Scottish Leaving Certificate Examination, 1956
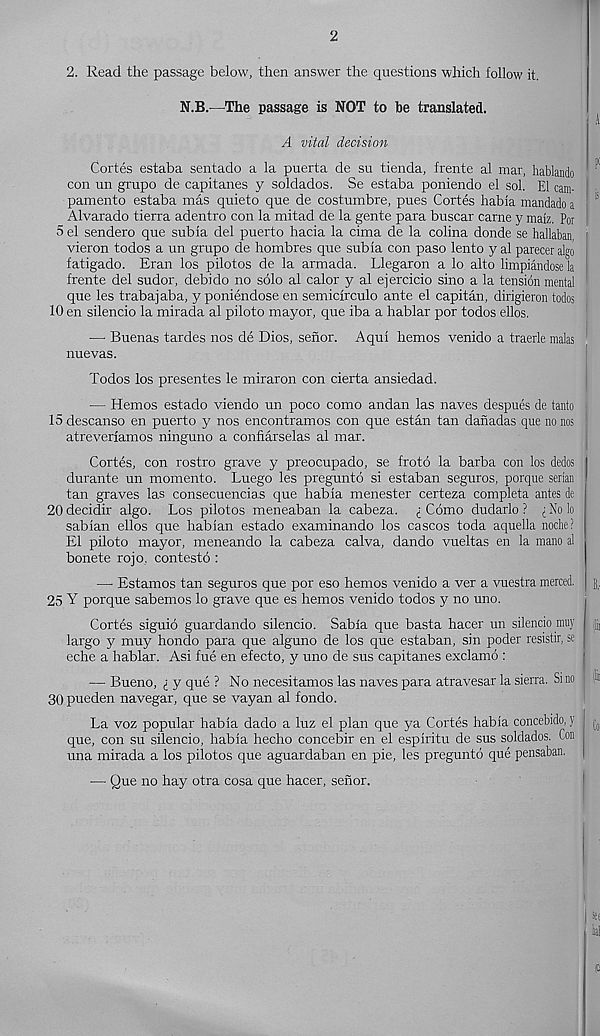
2
2. Read the passage below, then answer the questions which follow it.
N.B.—The passage is NOT to be translated.
A vital decision
Cortes estaba sentado a la puerta de su tienda, frente al mar, hablando
con un grupo de capitanes y soldados. Se estaba poniendo el sol. El cam-
pamento estaba mas quieto que de costumbre, pues Cortes habia mandado a
Alvarado tierra adentro con la mitad de la gente para buscar carne y maiz. Por
5 el sendero que subia del puerto hacia la cima de la colina donde se hallaban,
vieron todos a un grupo de hombres que subia con paso lento y al parecer algo
fatigado. Eran los pilotos de la armada. Llegaron a lo alto limpiandose la
frente del sudor, debido no solo al calor y al ejercicio sino a la tension mental
que les trabajaba, y poniendose en semicirculo ante el capitan, dirigieron todos
10 en silencio la mirada al piloto mayor, que iba a hablar por todos ellos.
—• Buenas tardes nos de Dios, senor. Aqui hemos venido a traerle malas
nuevas.
Todos los presentes le miraron con cierta ansiedad.
— Hemos estado viendo un poco como andan las naves despues de tanto
15 descanso en puerto y nos encontramos con que estan tan danadas que no nos
atreveriamos ninguno a confiarselas al mar.
Cortes, con rostro grave y preocupado, se frotb la barba con los dedos
durante un momento. Luego les pregunto si estaban seguros, porque serian
tan graves las consecuencias que habia menester certeza completa antes de
20 decidir algo. Los pilotos meneaban la cabeza. (_ Como dudarlo ? No lo
sabian ellos que habian estado examinando los cascos toda aquella noche?
El piloto mayor, meneando la cabeza calva, dando vueltas en la mano al
bonete rojo, contesto :
— Estamos tan seguros que por eso hemos venido a ver a vuestra merced,
25 Y porque sabemos lo grave que es hemos venido todos y no uno.
Cortes siguio guardando silencio. Sabia que basta hacer un silencio muy
largo y muy hondo para que alguno de los que estaban, sin poder resistir, se
eche a hablar. Asi fue en efecto, y uno de sus capitanes exclamo :
— Bueno, i y que ? No necesitamos las naves para atravesar la sierra. Si no
30 pueden navegar, que se vayan al fondo.
La voz popular habia dado a luz el plan que ya Cortes habia concebido, y
que, con su silencio, habia hecho concebir en el espiritu de sus solclados. Con
una mirada a los pilotos que aguardaban en pie, les pregunto que pensaban.
— Que no hay otra cosa que hacer, senor.